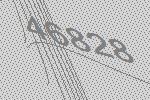
46828